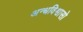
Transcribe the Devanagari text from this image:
अन्धविश्वासो